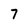
Character: 7